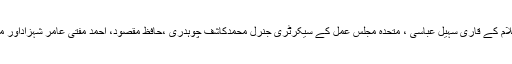
اس موقع پرنائب امیر جماعت اسلامی پاکستان میاں محمد اسلم، جمعیت علمائے اسلام کے قاری سہیل عباسی ، متحدہ مجلس عمل کے سیکرٹری جنرل محمدکاشف چوہدری ،حافظ مقصود، احمد مفتی عامر شہزاداور محمد علی کاظمی امیر جماعت اسلامی اسلام آباد نصراللہ رندھاوابھی موجود تھے ۔